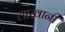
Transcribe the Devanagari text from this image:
लाखानी